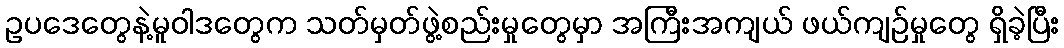
ဥပဒေတွေနဲ့မူဝါဒတွေက သတ်မှတ်ဖွဲ့စည်းမှုတွေမှာ အကြီးအကျယ် ဖယ်ကျဉ်မှုတွေ ရှိခဲ့ပြီး